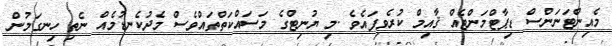
މެއިންޓަނަންސް ޑިޕާޓްމަންޓެއް ޤާއިމް ކުރެވިފައެވެ .މި ޔުނިޓްގެ މަސައްކަތްތައްވެސް މެދުކެނޑުމެއް ނެތި ހިނގަމުން